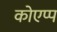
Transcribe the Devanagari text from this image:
कोएप्प